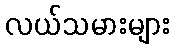
လယ်သမားများ